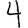
Digit: 4